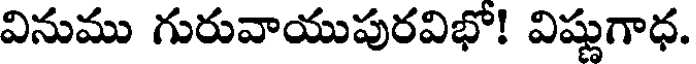
వినుము గురువాయుపురవిభో! విష్ణుగాధ.